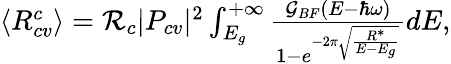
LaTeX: \begin{array}{r}{\langle R_{cv}^{c}\rangle=\mathcal{R}_{c}|P_{cv}|^{2}\int_{E_{g}}^{+\infty}\frac{\mathcal{G}_{BF}(E-\hbar\omega)}{1-e^{-2\pi\sqrt{\frac{R^{*}}{E-E_{g}}}}}dE,}\end{array}